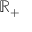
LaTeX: \mathbb { R } _ { + }